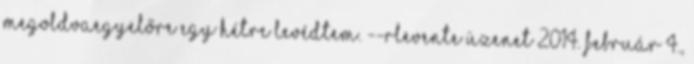
MegoldvaEgyelőre egy hétre levédtem. --Rlevente üzenet 2014. február 4.,